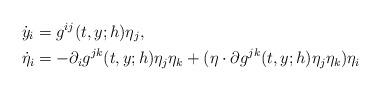
LaTeX: \begin{align*}& \dot {y}_i = g^{ij} (t, y; h) \eta_j, \\& \dot {\eta}_i = -\partial_i g^{jk}(t, y; h) \eta_j \eta_k + (\eta\cdot \partial g^{jk}(t, y; h) \eta_j\eta_k)\eta_i \end{align*}